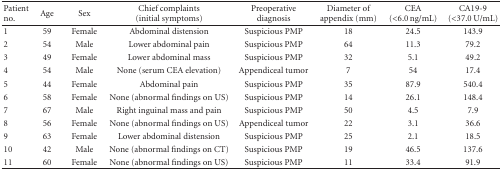
| Patient no. | Age | Sex | Chief complaints (initial symptoms) | Preoperative diagnosis | Diameter of appendix (mm) | CEA (<6.0 ng/mL) | CA19-9 (<37.0 U/mL) |
 | --- | --- | --- | --- | --- | --- | --- | --- |
 | 1 | 59 | Female | Abdominal distension | Suspicious PMP | 18 | 24.5 | 143.9 |
 | 2 | 54 | Male | Lower abdominal pain | Suspicious PMP | 64 | 11.3 | 79.2 |
 | 3 | 49 | Female | Lower abdominal mass | Suspicious PMP | 32 | 5.1 | 49.2 |
 | 4 | 54 | Male | None (serum CEA elevation) | Appendiceal tumor | 7 | 54 | 17.4 |
 | 5 | 44 | Female | Abdominal pain | Suspicious PMP | 35 | 87.9 | 540.4 |
 | 6 | 58 | Female | None (abnormal findings on US) | Suspicious PMP | 14 | 26.1 | 148.4 |
 | 7 | 67 | Male | Right inguinal mass and pain | Suspicious PMP | 50 | 4.5 | 7.9 |
 | 8 | 56 | Female | None (abnormal findings on US) | Appendiceal tumor | 22 | 3.1 | 36.6 |
 | 9 | 63 | Female | Lower abdominal distension | Suspicious PMP | 25 | 2.1 | 18.5 |
 | 10 | 42 | Male | None (abnormal findings on CT) | Suspicious PMP | 19 | 46.5 | 137.6 |
 | 11 | 60 | Female | None (abnormal findings on US) | Suspicious PMP | 11 | 33.4 | 91.9 |